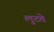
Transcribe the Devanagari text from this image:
लुटते